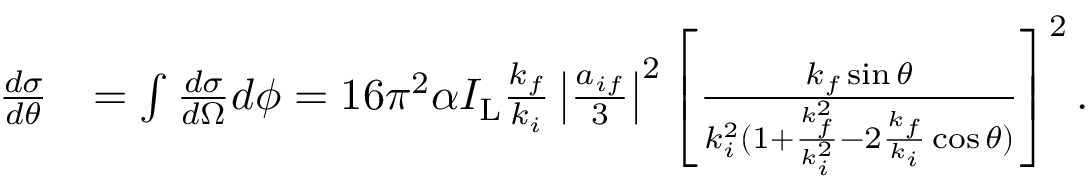
\begin{array} { r l } { \frac { d \sigma } { d \theta } } & { = \int \frac { d \sigma } { d \Omega } d \phi = 1 6 \pi ^ { 2 } \alpha I _ { \mathrm { L } } \frac { k _ { f } } { k _ { i } } \left\vert \frac { a _ { i f } } { 3 } \right\vert ^ { 2 } \left[ \frac { k _ { f } \sin \theta } { k _ { i } ^ { 2 } ( 1 + \frac { k _ { f } ^ { 2 } } { k _ { i } ^ { 2 } } - 2 \frac { k _ { f } } { k _ { i } } \cos \theta ) } \right] ^ { 2 } . } \end{array}